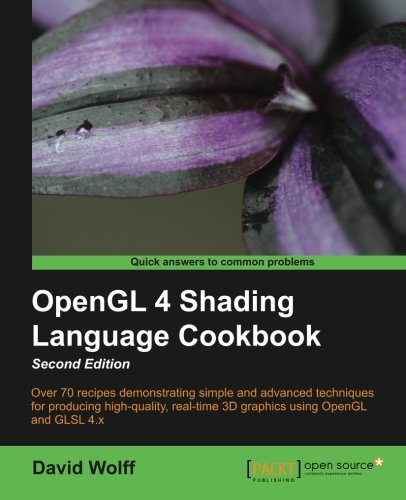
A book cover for OpenGL 4 Shading Language Cookbook - Second Edition; David Wolff; Computers & Technology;